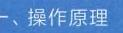
一、操作原理